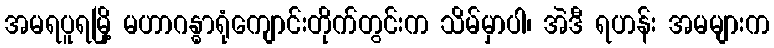
အမရပူရမြို့ မဟာဂန္ဓာရုံကျောင်းတိုက်တွင်းက သိမ်မှာပါ၊ အဲဒီ ရဟန်း အမများက